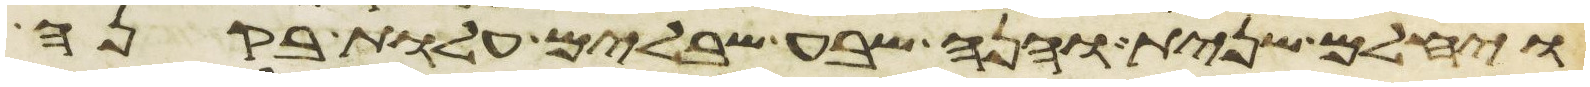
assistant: ויחלם שנית והנה שבע שבלים עלות בקנה